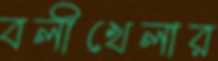
বলীখেলার